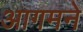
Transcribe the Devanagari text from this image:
आगमने